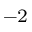
^ { - 2 }